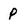
Character: P